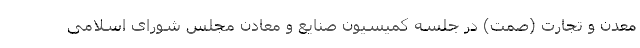
معدن و تجارت (صمت) در جلسه کمیسیون صنایع و معادن مجلس شورای اسلامی